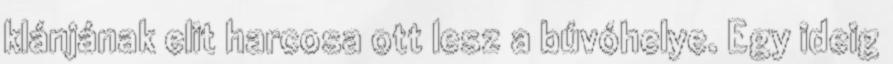
klánjának elit harcosa ott lesz a búvóhelye. Egy ideig